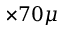
\times 7 0 \mu